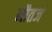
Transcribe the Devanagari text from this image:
नौतर्ज